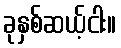
ခုနှစ်ဆယ့်ငါး။